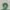
Text: 2